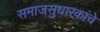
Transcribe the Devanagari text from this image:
समाजसुधारकांचे